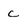
Character: c